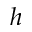
h